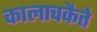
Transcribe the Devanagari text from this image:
कालाचकैते